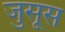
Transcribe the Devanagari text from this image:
जुसूस